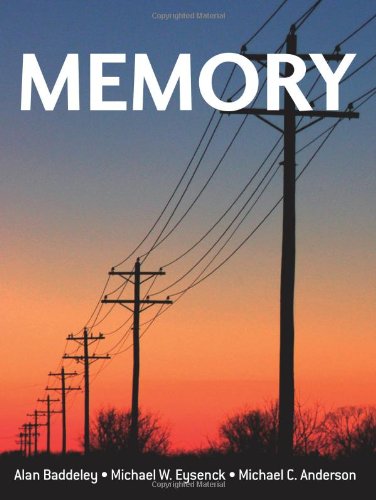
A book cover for Memory; Alan Baddeley; Self-Help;